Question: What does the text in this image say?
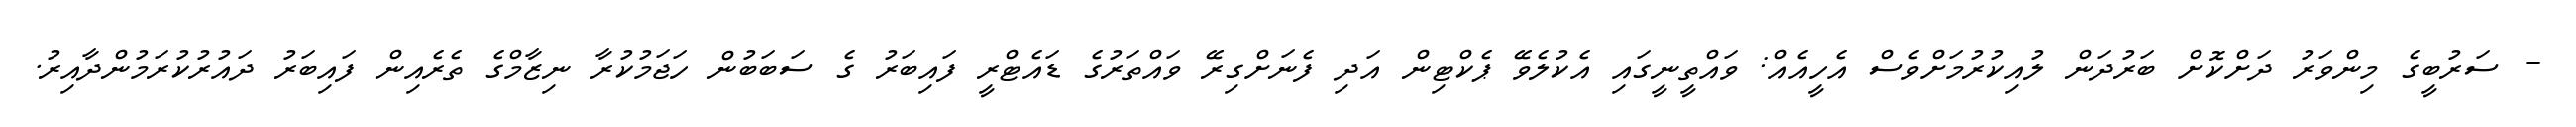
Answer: - ސަރުބީގެ މިންވަރު ދަށްކޮށް ބަރުދަން ލުއިކުރުމަށްވެސް އެހީއެއް: ވައްތީނީގައި އެކުލެވޭ ޕެކްޓިން އަދި ފެނަށްގިރޭ ވައްތަރުގެ ޑައެޓްރީ ފައިބަރު ގެ ސަބަބުން ހަޖަމުކުރާ ނިޒާމްގެ ތެރެއިން ފައިބަރު ދައުރުކުރަމުންދާއިރު.